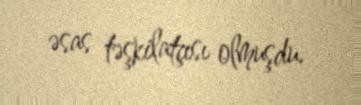
əsas təşkilatçısı olmuşdu.